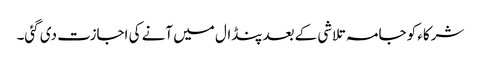
شرکاء کو جامہ تلاشی کے بعدپنڈال میں آنے کی اجازت دی گئی۔